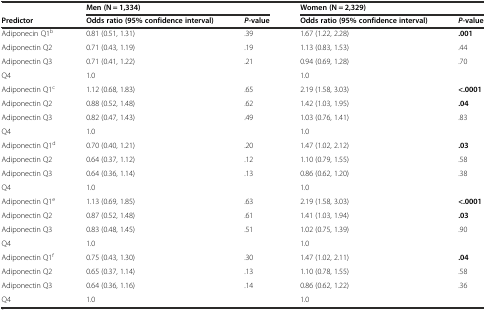
<table><thead><tr><td></td><td colspan="2"><b>Men (N = 1,334)</b></td><td colspan="2"><b>Women (N = 2,329)</b></td></tr><tr><td><b>Predictor</b></td><td><b>Odds ratio (95% confidence interval)</b></td><td><b><i>P</i>-value</b></td><td><b>Odds ratio (95% confidence interval)</b></td><td><b><i>P</i>-value</b></td></tr></thead><tbody><tr><td>Adiponecin Q1<sup>b</sup></td><td>0.81 (0.51, 1.31)</td><td>.39</td><td>1.67 (1.22, 2.28)</td><td><b>.001</b></td></tr><tr><td>Adiponectin Q2</td><td>0.71 (0.43, 1.19)</td><td>.19</td><td>1.13 (0.83, 1.53)</td><td>.44</td></tr><tr><td>Adiponectin Q3</td><td>0.71 (0.41, 1.22)</td><td>.21</td><td>0.94 (0.69, 1.28)</td><td>.70</td></tr><tr><td>Q4</td><td>1.0</td><td></td><td>1.0</td><td></td></tr><tr><td>Adiponectin Q1<sup>c</sup></td><td>1.12 (0.68, 1.83)</td><td>.65</td><td>2.19 (1.58, 3.03)</td><td><b>&lt;.0001</b></td></tr><tr><td>Adiponectin Q2</td><td>0.88 (0.52, 1.48)</td><td>.62</td><td>1.42 (1.03, 1.95)</td><td><b>.04</b></td></tr><tr><td>Adiponectin Q3</td><td>0.82 (0.47, 1.43)</td><td>.49</td><td>1.03 (0.76, 1.41)</td><td>.83</td></tr><tr><td>Q4</td><td>1.0</td><td></td><td>1.0</td><td></td></tr><tr><td>Adiponectin Q1<sup>d</sup></td><td>0.70 (0.40, 1.21)</td><td>.20</td><td>1.47 (1.02, 2.12)</td><td><b>.03</b></td></tr><tr><td>Adiponectin Q2</td><td>0.64 (0.37, 1.12)</td><td>.12</td><td>1.10 (0.79, 1.55)</td><td>.58</td></tr><tr><td>Adiponectin Q3</td><td>0.64 (0.36, 1.14)</td><td>.13</td><td>0.86 (0.62, 1.20)</td><td>.38</td></tr><tr><td>Q4</td><td>1.0</td><td></td><td>1.0</td><td></td></tr><tr><td>Adiponectin Q1<sup>e</sup></td><td>1.13 (0.69, 1.85)</td><td>.63</td><td>2.19 (1.58, 3.03)</td><td><b>&lt;.0001</b></td></tr><tr><td>Adiponectin Q2</td><td>0.87 (0.52, 1.48)</td><td>.61</td><td>1.41 (1.03, 1.94)</td><td><b>.03</b></td></tr><tr><td>Adiponectin Q3</td><td>0.83 (0.48, 1.45)</td><td>.51</td><td>1.02 (0.75, 1.39)</td><td>.90</td></tr><tr><td>Q4</td><td>1.0</td><td></td><td>1.0</td><td></td></tr><tr><td>Adiponectin Q1<sup>f</sup></td><td>0.75 (0.43, 1.30)</td><td>.30</td><td>1.47 (1.02, 2.11)</td><td><b>.04</b></td></tr><tr><td>Adiponectin Q2</td><td>0.65 (0.37, 1.14)</td><td>.13</td><td>1.10 (0.78, 1.55)</td><td>.58</td></tr><tr><td>Adiponectin Q3</td><td>0.64 (0.36, 1.16)</td><td>.14</td><td>0.86 (0.62, 1.22)</td><td>.36</td></tr><tr><td>Q4</td><td>1.0</td><td></td><td>1.0</td><td></td></tr></tbody></table>